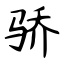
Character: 骄